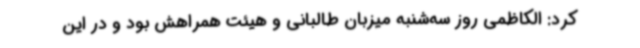
کرد: الکاظمی روز سه‌شنبه میزبان طالبانی و هیئت همراهش بود و در این